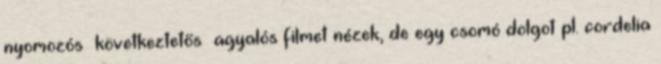
nyomozós következtetős agyalós filmet nézek, de egy csomó dolgot pl. cordelia